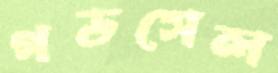
গডসেল